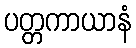
ပတ္တကာယာနံ